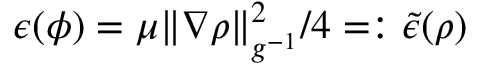
\epsilon ( \phi ) = \mu \| \nabla \rho \| _ { g ^ { - 1 } } ^ { 2 } / 4 = : \tilde { \epsilon } ( \rho )